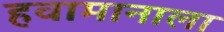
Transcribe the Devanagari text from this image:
हवामानाला